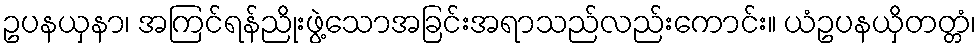
ဥပနယှနာ၊ အကြင်ရန်ညိုးဖွဲ့သောအခြင်းအရာသည်လည်းကောင်း။ ယံဥပနယှိတတ္တံ၊